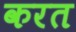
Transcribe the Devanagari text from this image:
करत